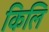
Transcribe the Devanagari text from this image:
किलि